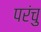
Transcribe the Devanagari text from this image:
परंचु